Indian journal of veterinary science and animal husbandry - Volume 3,
Year: 1933
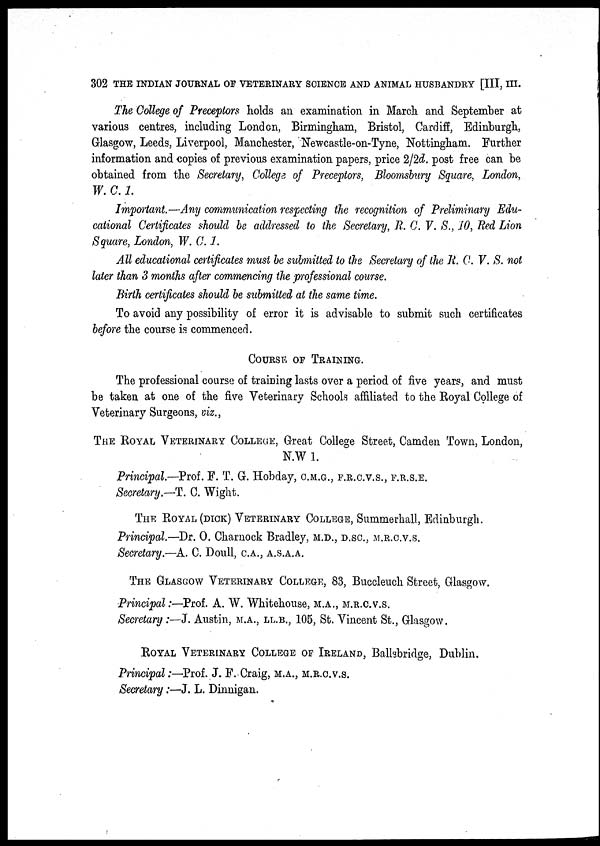
302 THE INDIAN JOURNAL OF VETERINARY SCIENCE AND ANIMAL HUSBANDRY [III, III.
The College of Preceptors holds an examination in March and September at
various centres, including London, Birmingham, Bristol, Cardiff, Edinburgh,
Glasgow, Leeds, Liverpool, Manchester, Newcastle-on-Tyne, Nottingham. Further
information and copies of previous examination papers, price 2/2d. post free can be
obtained from the Secretary, College of Preceptors, Bloomsbury Square, London,
W. C. 1.
Important.—Any communication respecting the recognition of Preliminary Edu-
cational Certificates should be addressed to the Secretary, R. C. V. S., 10, Red Lion
Square, London, W. C. 1.
All educational certificates must be submitted to the Secretary of the R. C. V. S. not
later than 3 months after commencing the professional course.
Birth certificates should be submitted at the same time.
To avoid any possibility of error it is advisable to submit such certificates
before the course is commenced.
COURSE OF TRAINING.
The professional course of training lasts over a period of five years, and must
be taken at one of the five Veterinary Schools affiliated to the Royal College of
Veterinary Surgeons, viz.,
THE ROYAL VETERINARY COLLEGE, Great College Street, Camden Town, London,
N.W 1.
Principal.—Prof. F. T. G. Hobday, C.M.G., F.R.C.V.S., F.R.S.E.
Secretary.—T. C. Wight.
THE ROYAL (DICK) VETERINARY COLLEGE, Summerhall, Edinburgh.
Principal.—Dr. O. Charnock Bradley, M.D., D.SC., M.R.C.V.S.
Secretary.—A. C. Doull,C.A., A.S.A.A.
THE GLASGOW VETERINARY COLLEGE, 83, Buccleuch Street, Glasgow.
Principal:—Prof. A. W. Whitehouse, M.A., M.R.C.V.S.
Secretary:—J. Austin, M.A.,LL.B., 105, St. Vincent St., Glasgow.
ROYAL VETERINARY COLLEGE OF IRELAND, Ballsbridge, Dublin.
Principal:—Prof. J. F. Craig, M.A., M.R.C.V.S.
Secretary:—J. L. Dinnigan.